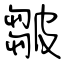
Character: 皺